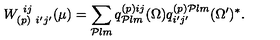
W _ { ( p ) \ i ^ { \prime } j ^ { \prime } } ^ { \ i j } ( \mu ) = \sum _ { { \cal P } l m } q _ { { \cal P } l m } ^ { ( p ) i j } ( \Omega ) q _ { i ^ { \prime } j ^ { \prime } } ^ { ( p ) { \cal P } l m } ( \Omega ^ { \prime } ) ^ { * } .